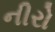
નીરો